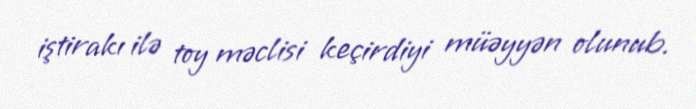
iştirakı ilə toy məclisi keçirdiyi müəyyən olunub.